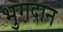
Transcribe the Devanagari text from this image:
भुगदान